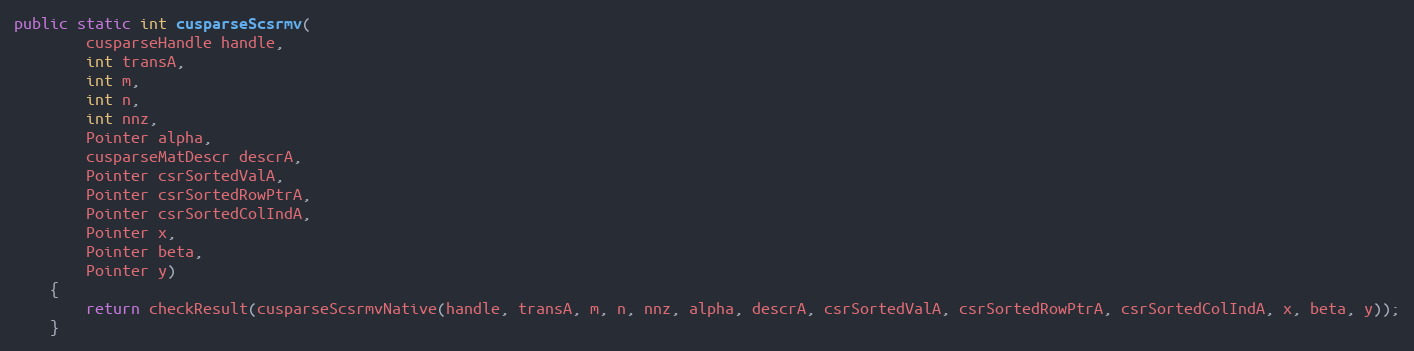
Language: Java
public static int cusparseScsrmv(
        cusparseHandle handle,
        int transA,
        int m,
        int n,
        int nnz,
        Pointer alpha,
        cusparseMatDescr descrA,
        Pointer csrSortedValA,
        Pointer csrSortedRowPtrA,
        Pointer csrSortedColIndA,
        Pointer x,
        Pointer beta,
        Pointer y)
    {
        return checkResult(cusparseScsrmvNative(handle, transA, m, n, nnz, alpha, descrA, csrSortedValA, csrSortedRowPtrA, csrSortedColIndA, x, beta, y));
    }